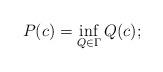
LaTeX: \begin{align*}P(c)=\inf_{Q\in\Gamma}Q(c);\end{align*}